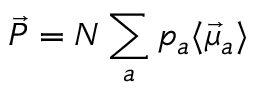
\vec { P } = N \sum _ { a } p _ { a } \langle \vec { \mu } _ { a } \rangle